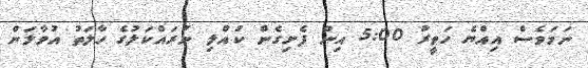
ނަމަވެސް އިއްޔެ ހަވީރު 5:00 އިން ފެށިގެން ކުއްލި ނުރައްކަލުގެ ހާލަތު އުވާލަން